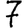
Digit: 7